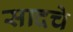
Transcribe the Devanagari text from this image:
सादचे